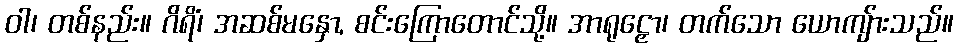
ဝါ၊ တစ်နည်း။ ဂိရိံ၊ အဆစ်မနှော, စင်းကြောတောင်သို့။ အာရုဠှော၊ တက်သော ယောကျ်ားသည်။